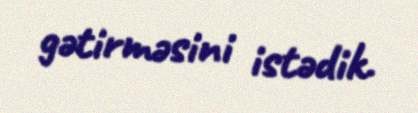
gətirməsini istədik.